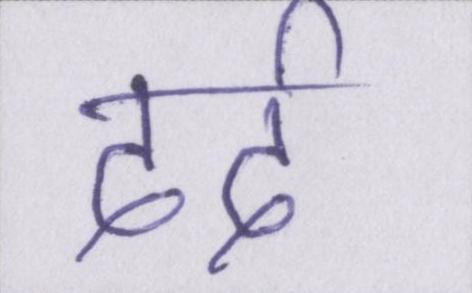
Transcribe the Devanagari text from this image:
दर्द